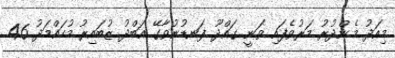
މިއަދު މެންދުރު މަރުވެފައި ވަނީ ގައްދޫ ފަނޑުނުވާގޭ އަބްދު ޒުބައިރު މުހައްމަދު 46